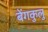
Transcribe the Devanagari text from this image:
बेंगकुलु